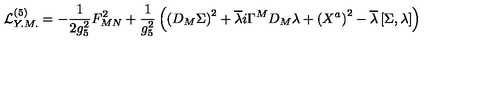
{ \cal L } _ { Y . M . } ^ { ( 5 ) } = - \frac { 1 } { 2 g _ { 5 } ^ { 2 } } F _ { M N } ^ { 2 } + \frac { 1 } { g _ { 5 } ^ { 2 } } \left( \left( D _ { M } \Sigma \right) ^ { 2 } + \overline { { \lambda } } i \Gamma ^ { M } D _ { M } \lambda + \left( X ^ { a } \right) ^ { 2 } - \overline { { \lambda } } \left[ \Sigma , \lambda \right] \right)